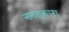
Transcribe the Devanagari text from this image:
नमस्कारा